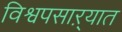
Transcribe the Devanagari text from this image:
विश्वपसाऱ्यात